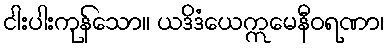
ငါးပါးကုန်သော။ ယဒိဒံယေဣမေနီဝရဏာ၊